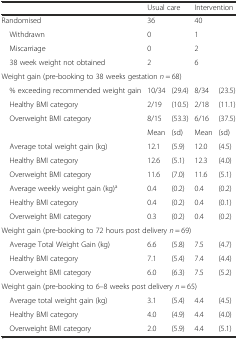
<table><thead><tr><td></td><td colspan="2"><b>Usual care</b></td><td colspan="2"><b>Intervention</b></td></tr></thead><tbody><tr><td>Randomised</td><td>36</td><td></td><td>40</td><td></td></tr><tr><td> Withdrawn</td><td>0</td><td></td><td>1</td><td></td></tr><tr><td> Miscarriage</td><td>0</td><td></td><td>2</td><td></td></tr><tr><td> 38 week weight not obtained</td><td>2</td><td></td><td>6</td><td></td></tr><tr><td colspan="5">Weight gain (pre-booking to 38 weeks gestation <i>n</i> = 68)</td></tr><tr><td> % exceeding recommended weight gain</td><td>10/34</td><td>(29.4)</td><td>8/34</td><td>(23.5)</td></tr><tr><td> Healthy BMI category</td><td>2/19</td><td>(10.5)</td><td>2/18</td><td>(11.1)</td></tr><tr><td> Overweight BMI category</td><td>8/15</td><td>(53.3)</td><td>6/16</td><td>(37.5)</td></tr><tr><td></td><td>Mean</td><td>(sd)</td><td>Mean</td><td>(sd)</td></tr><tr><td> Average total weight gain (kg)</td><td>12.1</td><td>(5.9)</td><td>12.0</td><td>(4.5)</td></tr><tr><td> Healthy BMI category</td><td>12.6</td><td>(5.1)</td><td>12.3</td><td>(4.0)</td></tr><tr><td> Overweight BMI category</td><td>11.6</td><td>(7.0)</td><td>11.6</td><td>(5.1)</td></tr><tr><td> Average weekly weight gain (kg)<sup>a</sup></td><td>0.4</td><td>(0.2)</td><td>0.4</td><td>(0.2)</td></tr><tr><td> Healthy BMI category</td><td>0.4</td><td>(0.2)</td><td>0.4</td><td>(0.1)</td></tr><tr><td> Overweight BMI category</td><td>0.3</td><td>(0.2)</td><td>0.4</td><td>(0.2)</td></tr><tr><td colspan="5">Weight gain (pre-booking to 72 hours post delivery <i>n</i> = 69)</td></tr><tr><td> Average Total Weight Gain (kg)</td><td>6.6</td><td>(5.8)</td><td>7.5</td><td>(4.7)</td></tr><tr><td> Healthy BMI category</td><td>7.1</td><td>(5.4)</td><td>7.4</td><td>(4.4)</td></tr><tr><td> Overweight BMI category</td><td>6.0</td><td>(6.3)</td><td>7.5</td><td>(5.2)</td></tr><tr><td colspan="5">Weight gain (pre-booking to 6–8 weeks post delivery <i>n</i> = 65)</td></tr><tr><td> Average total weight gain (kg)</td><td>3.1</td><td>(5.4)</td><td>4.4</td><td>(4.5)</td></tr><tr><td> Healthy BMI category</td><td>4.0</td><td>(4.9)</td><td>4.4</td><td>(4.0)</td></tr><tr><td> Overweight BMI category</td><td>2.0</td><td>(5.9)</td><td>4.4</td><td>(5.1)</td></tr></tbody></table>